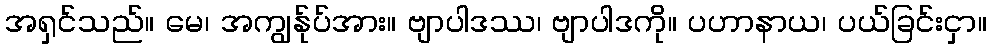
အရှင်သည်။ မေ၊ အကျွန်ုပ်အား။ ဗျာပါဒဿ၊ ဗျာပါဒကို။ ပဟာနာယ၊ ပယ်ခြင်းငှာ။